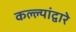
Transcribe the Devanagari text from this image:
कल्ल्यांद्वारे